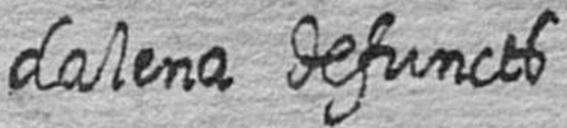
dalena defuncts